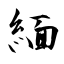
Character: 緬